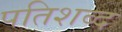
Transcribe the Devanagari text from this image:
पतिशब्द